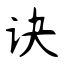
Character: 诀